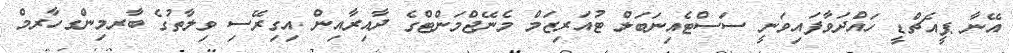
އޭނާ ޕީއެޗްޑީ ހައްދަވާފައިވަނީ ސަސްޓެއިނަބަލް ޓުއަރިޒަމް މެނޭޖްމަންޓްގެ ދާއިރާއިން އިގިރޭސި ވިލާތުގެ ބާރމިންގހާރމް